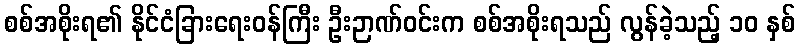
စစ်အစိုးရ၏ နိုင်ငံခြားရေးဝန်ကြီး ဦးဉာဏ်ဝင်းက စစ်အစိုးရသည် လွန်ခဲ့သည့် ၁၀ နှစ်